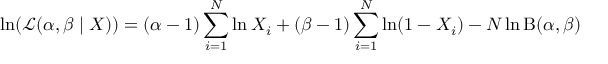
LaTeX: \ln ( { \mathcal { L } } ( \alpha , \beta \mid X ) ) = ( \alpha - 1 ) \sum _ { i = 1 } ^ { N } \ln X _ { i } + ( \beta - 1 ) \sum _ { i = 1 } ^ { N } \ln ( 1 - X _ { i } ) - N \ln \mathrm { B } ( \alpha , \beta )